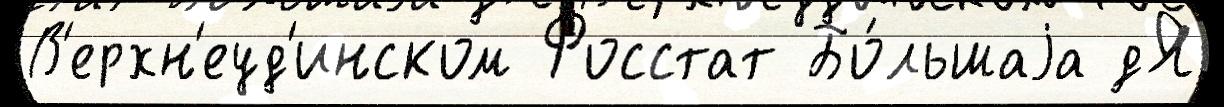
В'ерхн'еуд'инском Росстат Бо́льшаjа дЯ